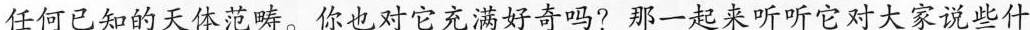
任何：己知的天体纯所。你对它好奇吗?那一起来听听它对大家说出什